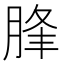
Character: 䏺